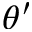
\theta ^ { \prime }